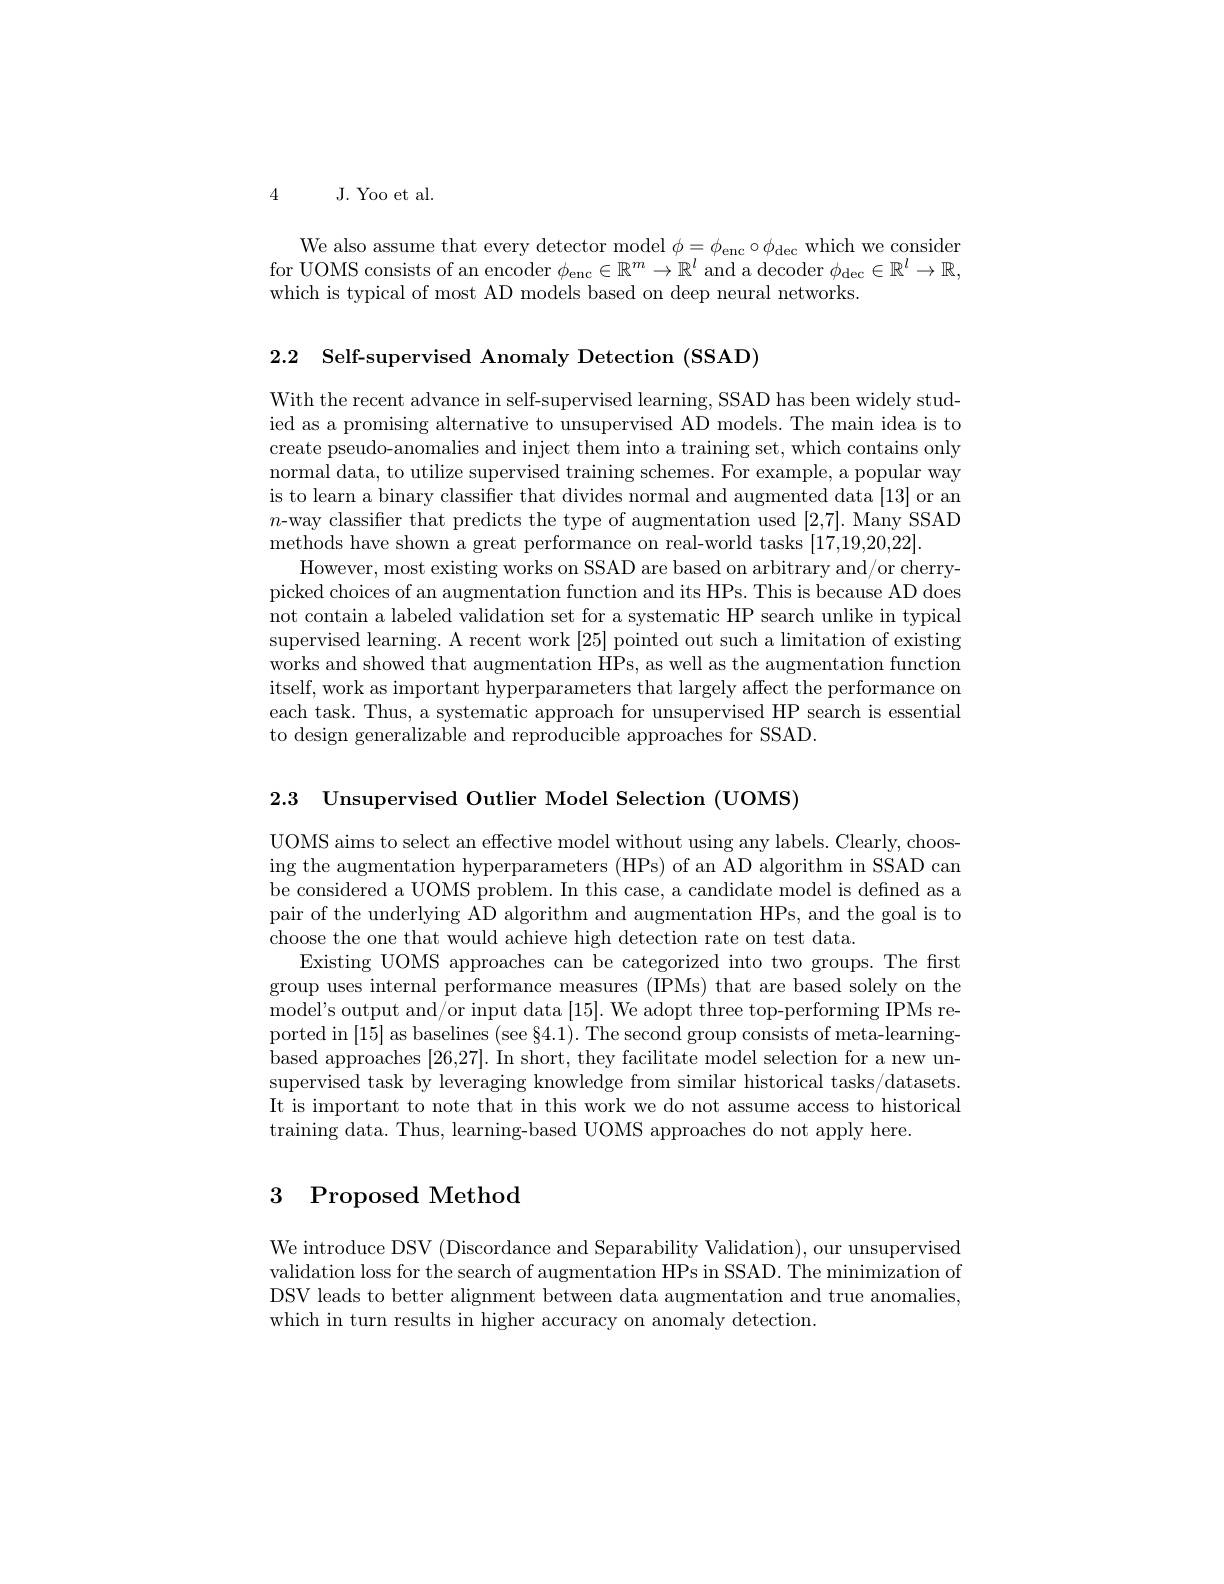
4 J. Yoo et al.

We also assume that every detector model $\phi=\phi_{\mathrm{enc}}\circ\phi_{\mathrm{dec}}$ which we consider for UOMS consists of an encoder $\phi_\mathrm{enc}\in\mathbb{R}^m\to\mathbb{R}^l$ and a decoder $\phi _\mathrm{dec}\in \mathbb{R} ^l\to \mathbb{R} $, which is typical of most AD models based on deep neural networks.

2.2 Self-supervised Anomaly Detection (SSAD)

With the recent advance in self-supervised learning, SSAD has been widely studied as a promising alternative to unsupervised AD models. The main idea is to create pseudo-anomalies and inject them into a training set, which contains only normal data, to utilize supervised training schemes. For example, a popular way is to learn a binary classifier that divides normal and augmented data [13] or an $n$-way classifier that predicts the type of augmentation used [2,7]. Many SSAD methods have shown a great performance on real-world tasks [17,19,20,22].
However, most existing works on SSAD are based on arbitrary and/or cherrypicked choices of an augmentation function and its HPs. This is because AD does not contain a labeled validation set for a systematic HP search unlike in typical supervised learning. A recent work [25] pointed out such a limitation of existing works and showed that augmentation HPs, as well as the augmentation function itself, work as important hyperparameters that largely affect the performance on each task. Thus, a systematic approach for unsupervised HP search is essential to design generalizable and reproducible approaches for SSAD.

2.3 Unsupervised Outlier Model Selection (UOMS)

UOMS aims to select an effective model without using any labels. Clearly, choosing the augmentation hyperparameters (HPs) of an AD algorithm in SSAD can be considered a UOMS problem. In this case, a candidate model is defined as a pair of the underlying AD algorithm and augmentation HPs, and the goal is to choose the one that would achieve high detection rate on test data.
Existing UOMS approaches can be categorized into two groups. The first group uses internal performance measures (IPMs) that are based solely on the mode$l^{\prime }$s output and/ or input data [ 15] . We adopt three top- performing IPMs re- ported in [15] as baselines (see §4.1). The second group consists of meta-learningbased approaches [26,27]. In short, they facilitate model selection for a new unsupervised task by leveraging knowledge from similar historical tasks/datasets. It is important to note that in this work we do not assume access to historical training data. Thus, learning-based UOMS approaches do not apply here.

# 3 Proposed Method

We introduce DSV (Discordance and Separability Validation), our unsupervised validation loss for the search of augmentation HPs in SSAD. The minimization of DSV leads to better alignment between data augmentation and true anomalies which in turn results in higher accuracy on anomaly detection